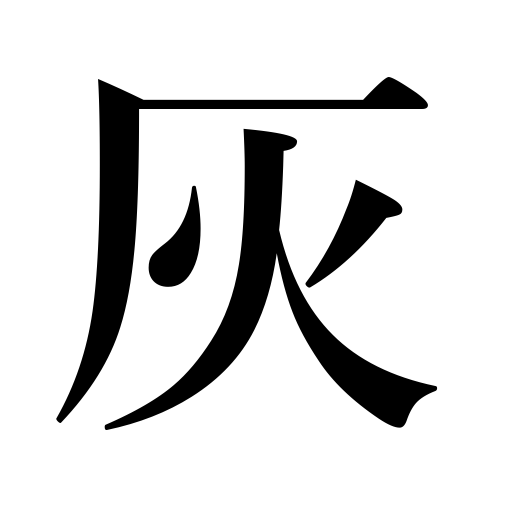
Meanings: ashes